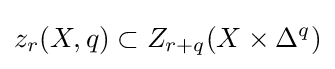
z_{r}(X,q)\subset Z_{r+q}(X\times \Delta ^{q})